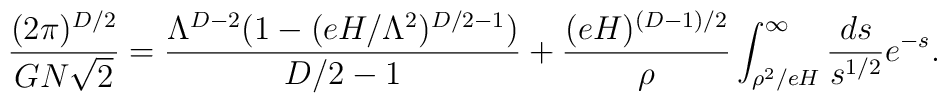
\frac{(2\pi)^{D/2}}{G N \sqrt{2}} = \frac{\Lambda^{D-2}(1 - (eH/\Lambda^2)^{D/2 - 1})}{D/2 - 1} +\frac{(eH)^{(D-1)/2}}{\rho} \int_{\rho^2/eH}^{\infty} \frac{ds}{s^{1/2}} e^{-s}.